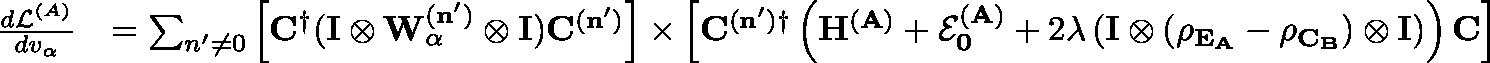
\begin{array} { r l } { \frac { d \mathcal { L } ^ { ( A ) } } { d v _ { \alpha } } } & { = \sum _ { n ^ { \prime } \ne 0 } \left[ \mathbf { C } ^ { \dagger } ( \mathbf { I \otimes W _ { \alpha } ^ { ( n ^ { \prime } ) } \otimes I } ) \mathbf { C ^ { ( n ^ { \prime } ) } } \right] \times \left[ \mathbf { C ^ { ( n ^ { \prime } ) \dagger } } \left( \mathbf { H ^ { ( A ) } } + \mathbf { \mathcal { E } _ { 0 } ^ { ( A ) } } + 2 \lambda \left( \mathbf { I \otimes ( \rho _ { \mathbb { E } _ { A } } - \rho _ { \mathbb { C } _ { B } } ) \otimes I } \right) \right) \mathbf { C } \right] } \end{array}